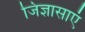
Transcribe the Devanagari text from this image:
जिज्ञासाएं